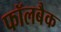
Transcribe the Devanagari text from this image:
फॉलबैक